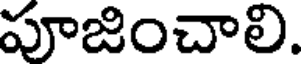
పూజించాలి.